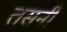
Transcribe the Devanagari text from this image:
तसनी